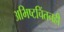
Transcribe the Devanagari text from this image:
अभिष्टचिंतनही